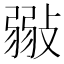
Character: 𢾲